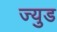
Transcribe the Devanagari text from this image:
ज्युड